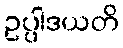
ဥပ္ပါဒယတိ